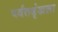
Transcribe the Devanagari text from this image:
पर्वतश्रृंखला